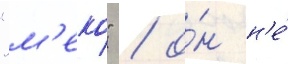
"м'еко" / о́н н'е́